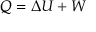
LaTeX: Q = \Delta U + W